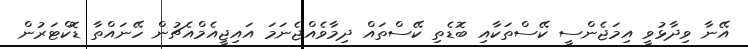
އޭނާ ވިދާޅުވީ އިމަޖެންސީ ކޭސްތަކާއި ބޮޑެތި ކޭސްތައް ދިމާވެއްޖެނަމަ އައިޖީއެމްއެޗުން ހޭނައްތާ ޑޮކްޓަރުން